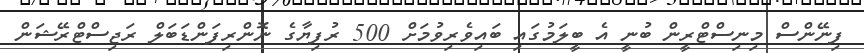
ފިނޭންސް މިނިސްޓްރީން ބުނީ އެ ބީލަމުގައި ބައިވެރިވުމަށް 500 ރުފިޔާގެ ނޮންރިފަންޑަބަލް ރަޖިސްޓްރޭޝަން